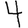
Digit: 4